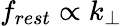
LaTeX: f_{rest}\propto k_{\perp}